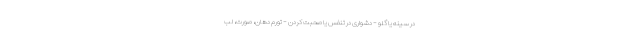
در سینه یا گلو - دشواری در تنفس یا صحبت کردن - تورم دهان، صورت، لب